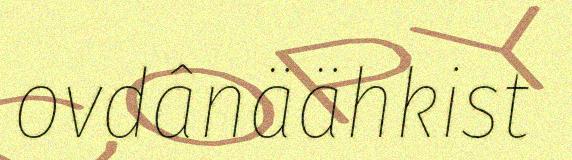
ovdânäähkist